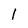
Character: l